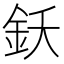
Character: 𨥜